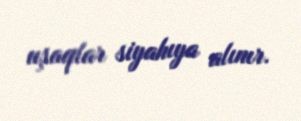
uşaqlar siyahıya alınır.